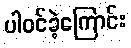
ပါဝင်ခဲ့ကြောင်း